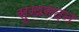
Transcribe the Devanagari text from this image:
सुखसदन